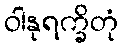
ဝါနုရက္ခိတုံ